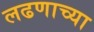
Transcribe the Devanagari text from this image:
लढणाच्या